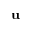
\mathbf { u }